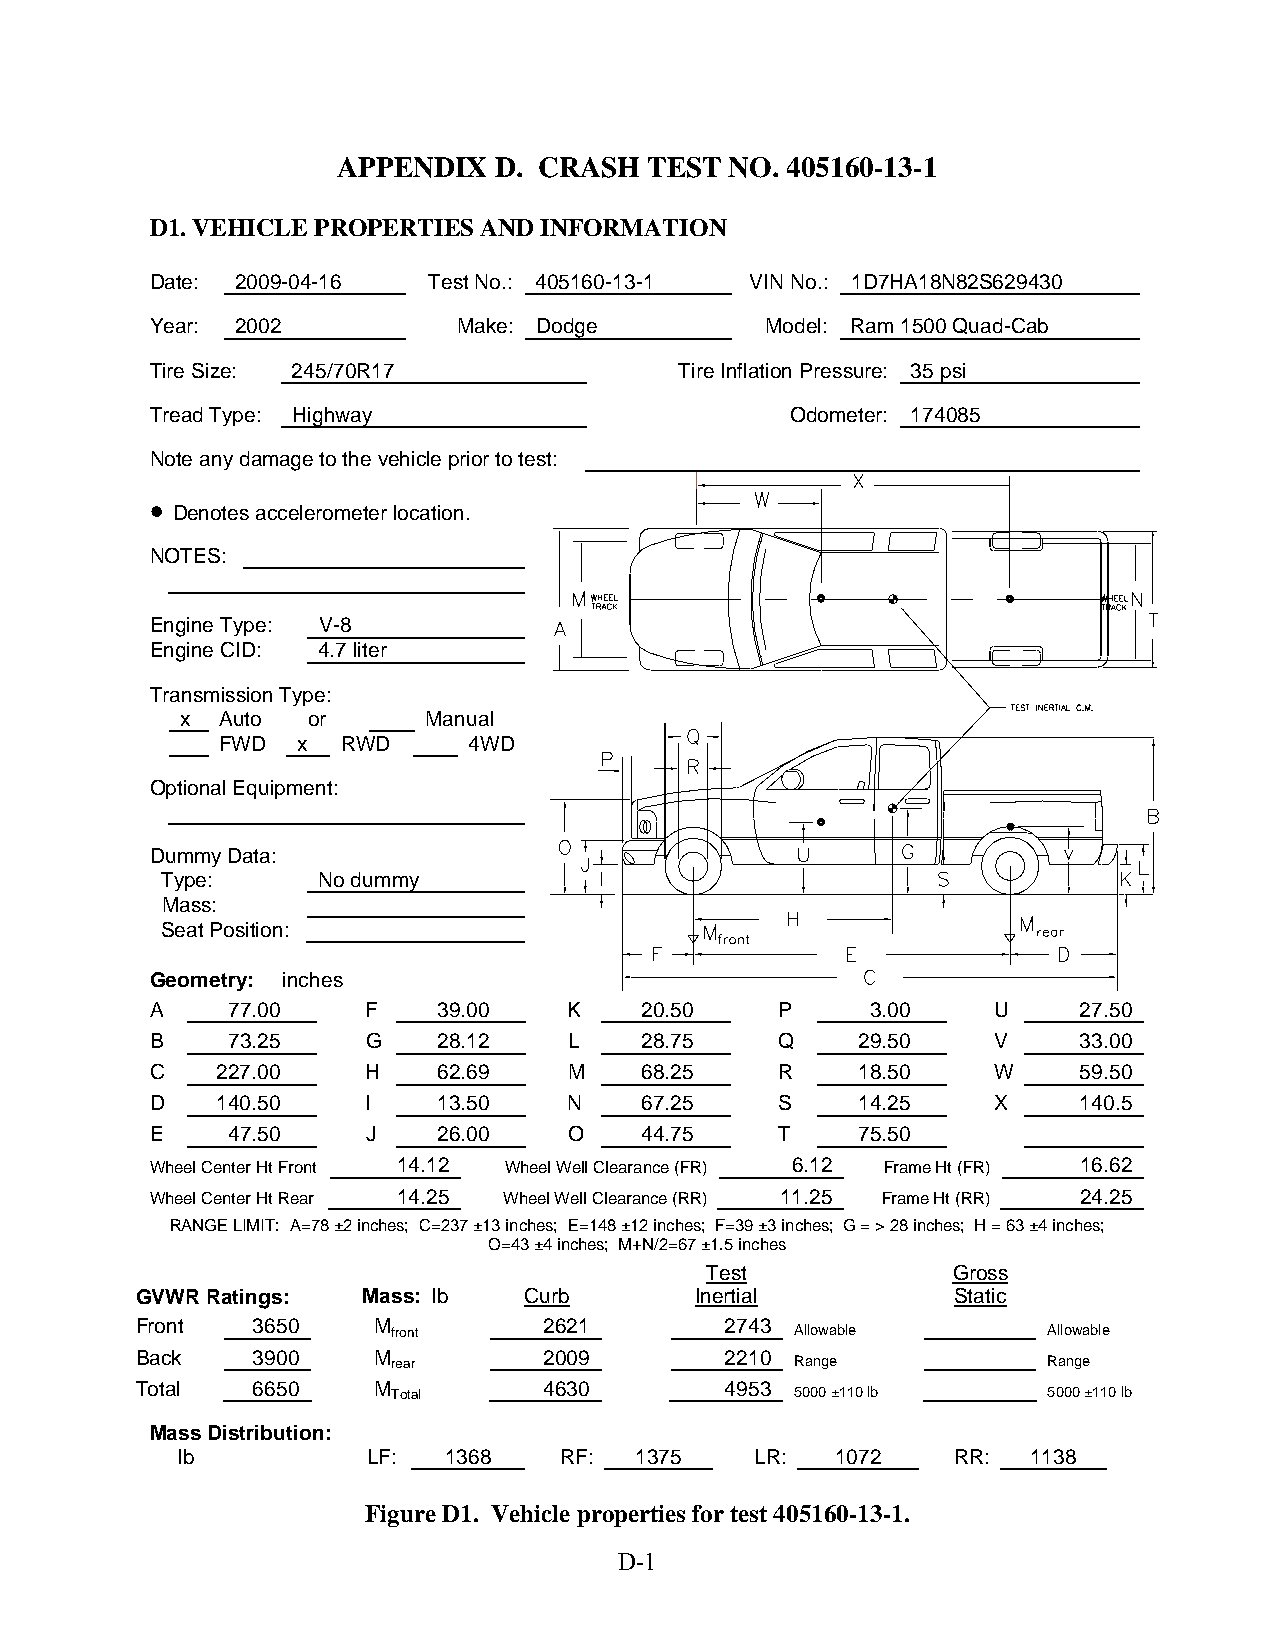
APPENDIX   D. CRASH  TEST NO. 405160-13-1
 D1. VEHICLE PROPERTIES AND INFORMATION
 Date: 2009-04-16  Test No.: 405160-13-1 VIN No.: 1D7HA18N82S629430
 Year: 2002          Make: Dodge          Model: Ram 1500 Quad-Cab
 Tire Size: 245/70R17               Tire Inflation Pressure: 35 psi
 Tread Type: Highway                       Odometer: 174085
 Note any damage to the vehicle prior to test:
 •
 Denotes accelerometer location.
 NOTES:
 Engine Type: V-8
 Engine CID: 4.7 liter
 Transmission Type:
 x  Auto or      Manual
 FWD  x  RWD     4WD
 Optional Equipment:
 Dummy Data:
 Type:     No dummy
 Mass:
 Seat Position:
 Geometry: inches
 A    77.00    F    39.00    K    20.50    P     3.00    U     27.50
 B    73.25    G    28.12    L    28.75    Q    29.50    V     33.00
 C   227.00    H    62.69    M    68.25    R    18.50    W     59.50
 D   140.50    I    13.50    N    67.25    S    14.25    X     140.5
 E    47.50    J    26.00    O    44.75    T    75.50
 Wheel Center Ht Front 14.12 Wheel Well Clearance (FR) 6.12 Frame Ht (FR) 16.62
 Wheel Center Ht Rear 14.25 Wheel Well Clearance (RR) 11.25 Frame Ht (RR) 24.25
 RANGE LIMIT: A=78 ±2 inches; C=237 ±13 inches; E=148 ±12 inches; F=39 ±3 inches; G = > 28 inches; H = 63 ±4 inches;
 O=43 ±4 inches; M+N/2=67 ±1.5 inches
 Test            Gross
 GVWR Ratings:  Mass: lb   Curb       Inertial         Static
 Front   3650    M          2621        2743
 front                      Allowable       Allowable
 Back    3900    M          2009        2210
 rear                       Range           Range
 Total   6650    M          4630        4953
 Total                      5000 ±110 lb    5000 ±110 lb
 Mass Distribution:
 lb          LF:   1368   RF:  1375    LR:  1072    RR:  1138
 Figure D1. Vehicle properties for test 405160-13-1.
 D-1